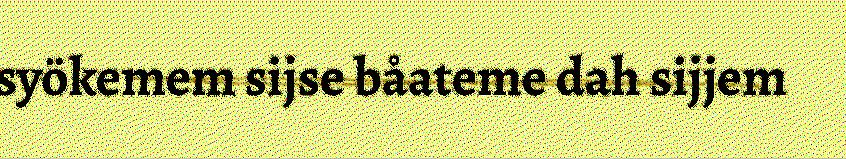
syökemem sijse båateme dah sijjem